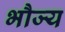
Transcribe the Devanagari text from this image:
भौज्य